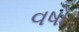
વષો